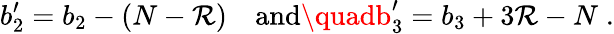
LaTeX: b_{2}^{\prime}=b_{2}-(N-\mathcal{R})\quad\mathrm{{and}}\quadb_{3}^{\prime}=b_{3}+3\mathcal{R}-N\; .